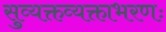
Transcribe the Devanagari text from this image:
सुव्यक्तव्यक्ताभरणः